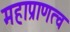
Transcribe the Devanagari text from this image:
महाप्राणत्व